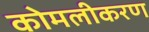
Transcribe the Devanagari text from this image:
कोमलीकरण